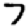
Digit: 7